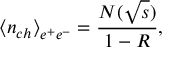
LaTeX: { \langle n _ { c h } \rangle } _ { e ^ { + } e ^ { - } } = \frac { N ( \sqrt { s } ) } { 1 - R } ,